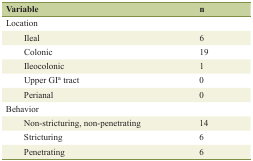
| Variable | n |
 | --- | --- |
 | Location |  |
 | Ileal | 6 |
 | Colonic | 19 |
 | Ileocolonic | 1 |
 | Upper GIa tract | 0 |
 | Perianal | 0 |
 | Behavior |  |
 | Non-stricturing, non-penetrating | 14 |
 | Stricturing | 6 |
 | Penetrating | 6 |